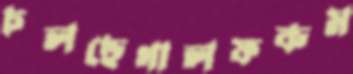
চলছেগালফকম